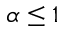
\alpha \le 1